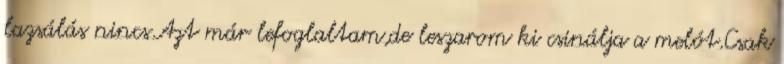
lazsálás nincs.Azt már lefoglaltam,de leszarom ki csinálja a melót.Csak